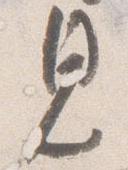
見